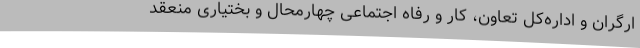
ارگران و اداره‌کل تعاون، کار و رفاه اجتماعی چهارمحال و بختیاری منعقد